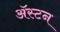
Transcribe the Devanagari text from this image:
अॅस्टन